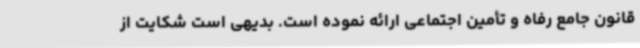
قانون جامع رفاه و تأمین اجتماعی ارائه نموده است. بدیهی است شکایت از